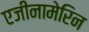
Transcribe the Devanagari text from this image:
एजीनामेरिन